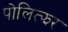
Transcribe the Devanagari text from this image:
पोलित्झर